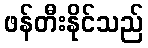
ဖန်တီးနိုင်သည်